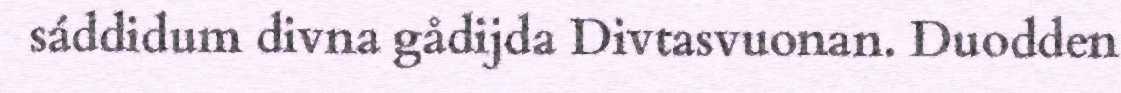
sáddidum divna gådijda Divtasvuonan. Duodden